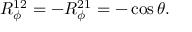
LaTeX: R _ { \phi } ^ { 1 2 } = - R _ { \phi } ^ { 2 1 } = - \cos \theta .